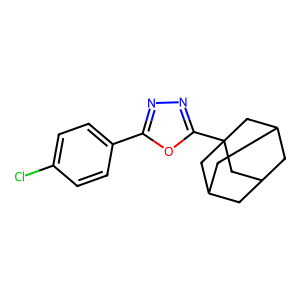
SMILES: Clc1ccc(-c2nnc(C34CC5CC(CC(C5)C3)C4)o2)cc1
Inhibits HIV replication: No